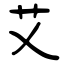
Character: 艾